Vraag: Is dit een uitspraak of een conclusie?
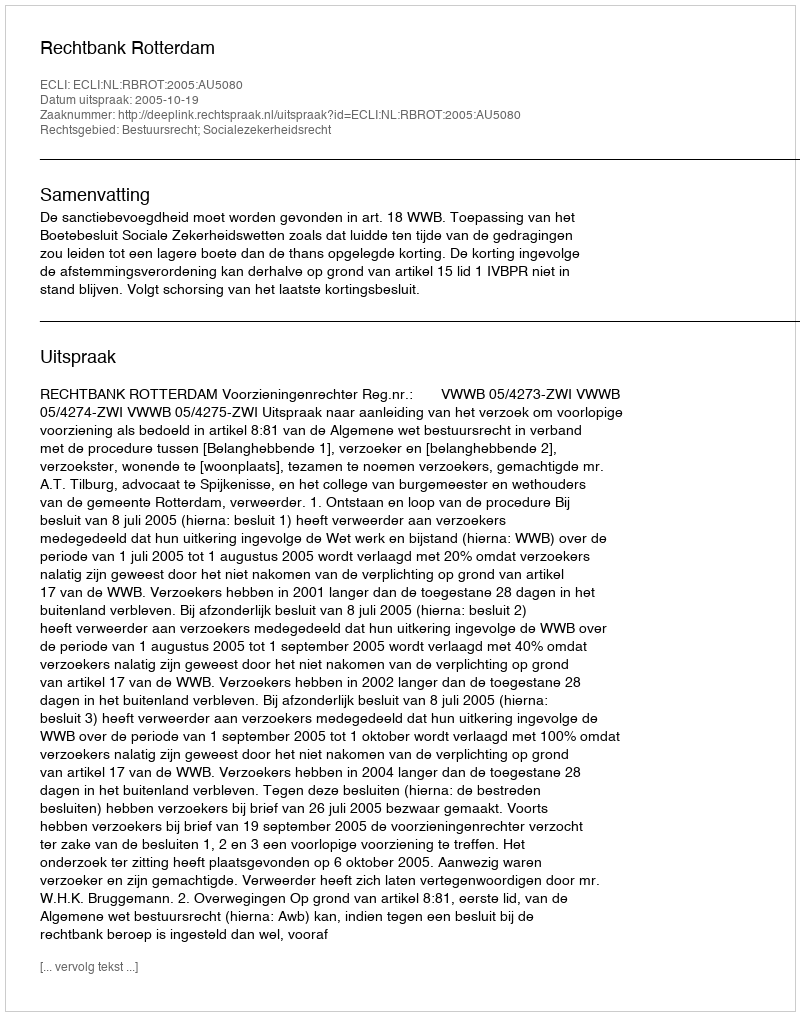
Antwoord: Uitspraak